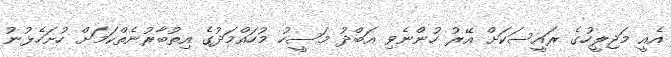
އެއީ މަޖިލީހުގެ ރައީސަކަށް އޭރު ހުންނެވި އަބްދު މަސީހު މުހައްމަދުގެ އިތުބާރުނެތްކަމަށް ހުށަހެޅުނު